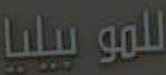
للموبيليا